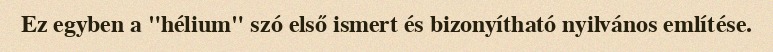
Ez egyben a "hélium" szó első ismert és bizonyítható nyilvános említése.